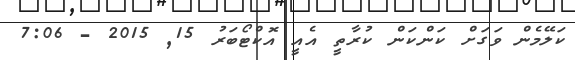
ކަލޭމެން ވަގަށް ކަންކަން ކުރާތީ އެއީ އޮކްޓޯބަރު 15